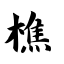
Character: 樵